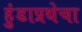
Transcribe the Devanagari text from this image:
हुंडाप्रथेचा